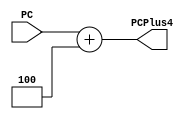
module PCPlus4(
    input [31:0] PC,        // Entrada do contador de programa (PC)
    output [31:0] PCPlus4   // Sada do PC incrementado em 4
);

    assign PCPlus4 = PC + 4;

endmodule